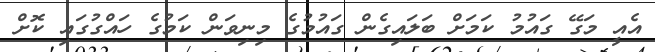
އެއީ މަގޭ ގައުމު ކަމަށް ބަލައިގެން ގައުމުގެ މިނިވަން ކަމުގެ ހައްގުގައި ކޮށް